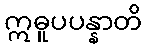
ဣဓူပပန္နာတိ